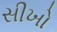
સીખો